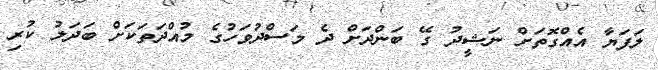
ލަފަޔާ އެއްގޮތަށް ނަޝީދު ގޭ ބަންދަށް ދެ މަސްދުވަހުގެ މުއްދަތަކަށް ބަދަލު ކުރި